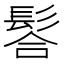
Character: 𩭆